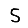
Digit: 5